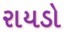
રાયડો